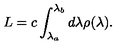
L = c \int _ { \lambda _ { a } } ^ { \lambda _ { b } } d \lambda \rho ( \lambda ) .